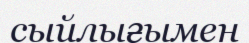
сыйлығымен